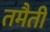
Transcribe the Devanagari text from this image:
तमैती